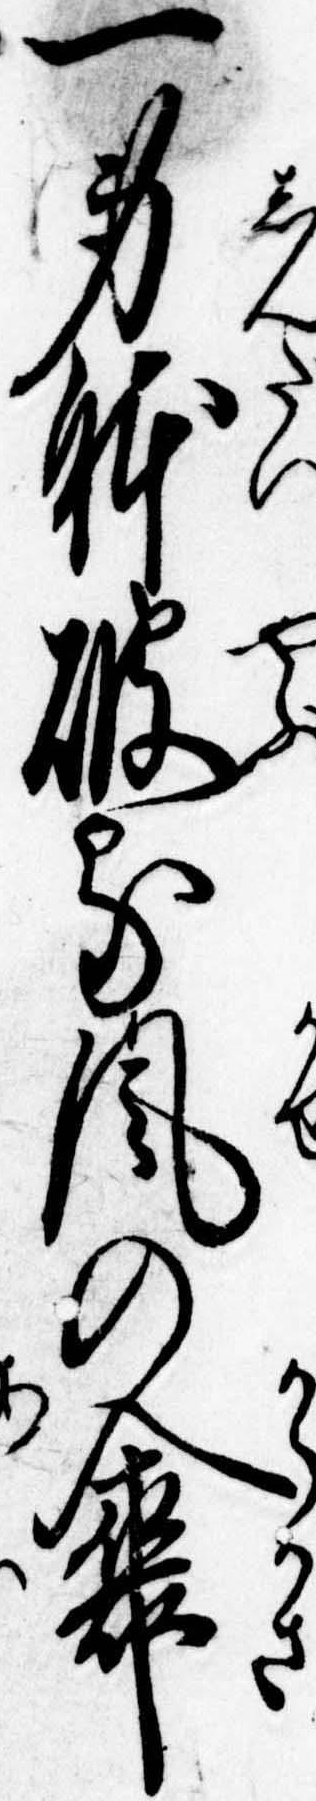
一身体破る風の傘